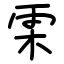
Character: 雬